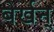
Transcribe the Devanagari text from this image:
बेर्खन्